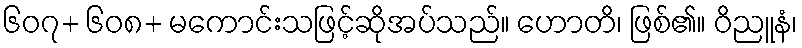
၆၀၇+ ၆၀၈+ မကောင်းသဖြင့်ဆိုအပ်သည်။ ဟောတိ၊ ဖြစ်၏။ ဝိညူနံ၊